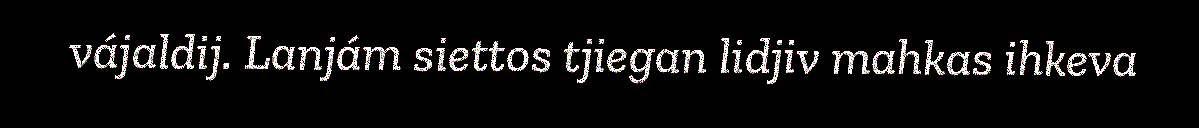
vájaldij. Lanjám siettos tjiegan lidjiv mahkas ihkeva